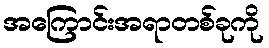
အကြောင်းအရာတစ်ခုကို